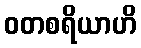
ဝတစရိယာဟိ